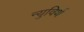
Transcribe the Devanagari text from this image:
न्युविर्थ